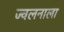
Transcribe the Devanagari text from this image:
ज्वलनाला